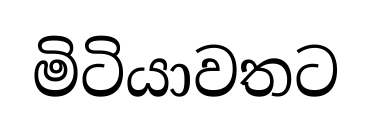
මිටියාවතට